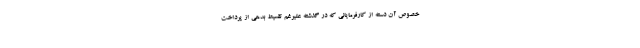
خصوص آن دسته از کارفرمایانی که در گذشته علیرغم تقسیط بدهی از پرداخت